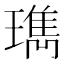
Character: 㻽